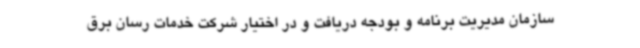
سازمان مدیریت برنامه و بودجه دریافت و در اختیار شرکت خدمات رسان برق